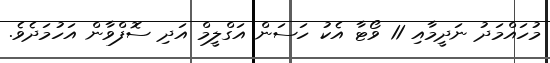
މުހައްމަދު ނަދީމާއި 11 ވޯޓާ އެކު ހަސަން އަގްލީމް އަދި ސޮފްވާން އަހުމަދެވެ.